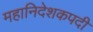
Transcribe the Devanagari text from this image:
महानिदेशकपदी